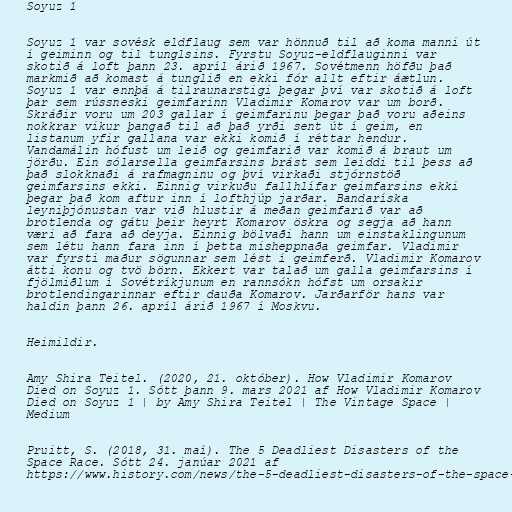
Soyuz 1

Soyuz 1 var sovésk eldflaug sem var hönnuð til að koma manni út
í geiminn og til tunglsins. Fyrstu Soyuz-eldflauginni var
skotið á loft þann 23. apríl árið 1967. Sovétmenn höfðu það
markmið að komast á tunglið en ekki fór allt eftir áætlun.
Soyuz 1 var ennþá á tilraunarstigi þegar því var skotið á loft
þar sem rússneski geimfarinn Vladimir Komarov var um borð.
Skráðir voru um 203 gallar í geimfarinu þegar það voru aðeins
nokkrar vikur þangað til að það yrði sent út í geim, en
listanum yfir gallana var ekki komið í réttar hendur.
Vandamálin hófust um leið og geimfarið var komið á braut um
jörðu. Ein sólarsella geimfarsins brást sem leiddi til þess að
það slokknaði á rafmagninu og því virkaði stjórnstöð
geimfarsins ekki. Einnig virkuðu fallhlífar geimfarsins ekki
þegar það kom aftur inn í lofthjúp jarðar. Bandaríska
leyniþjónustan var við hlustir á meðan geimfarið var að
brotlenda og gátu þeir heyrt Komarov öskra og segja að hann
væri að fara að deyja. Einnig bölvaði hann um einstaklingunum
sem létu hann fara inn í þetta misheppnaða geimfar. Vladimir
var fyrsti maður sögunnar sem lést í geimferð. Vladimir Komarov
átti konu og tvö börn. Ekkert var talað um galla geimfarsins í
fjölmiðlum í Sovétríkjunum en rannsókn hófst um orsakir
brotlendingarinnar eftir dauða Komarov. Jarðarför hans var
haldin þann 26. apríl árið 1967 í Moskvu.

Heimildir.

Amy Shira Teitel. (2020, 21. október). How Vladimir Komarov
Died on Soyuz 1. Sótt þann 9. mars 2021 af How Vladimir Komarov
Died on Soyuz 1 | by Amy Shira Teitel | The Vintage Space |
Medium

Pruitt, S. (2018, 31. maí). The 5 Deadliest Disasters of the
Space Race. Sótt 24. janúar 2021 af
https://www.history.com/news/the-5-deadliest-disasters-of-the-space-race